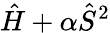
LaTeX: \hat{H}+\alpha\hat{S}^{2}